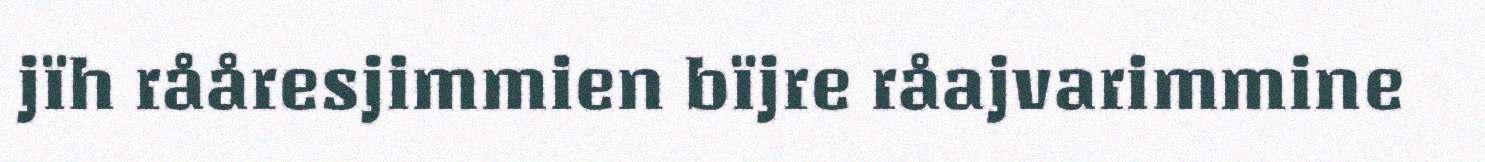
jïh rååresjimmien bïjre råajvarimmine